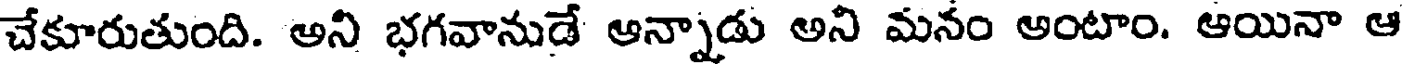
చేకూరుతుంది. అని భగవానుడే ఆన్నాడు అని మనం అంటాం. ఆయినా ఆ